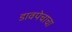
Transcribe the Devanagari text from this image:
डावपेचाचा